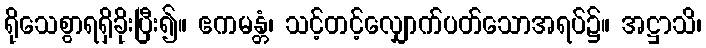
ရိုသေစွာရရှိခိုးပြီး၍။ ဧကမန္တံ၊ သင့်တင့်လျှောက်ပတ်သောအရပ်၌။ အဋ္ဌာသိ၊